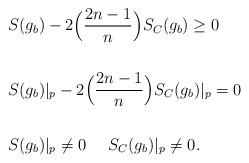
LaTeX: \begin{align*}&S(g_b)-2\Big(\frac{2n-1}{n}\Big)S_C(g_b)\geq 0\\&\\&S(g_b)|_p-2\Big(\frac{2n-1}{n}\Big)S_C(g_b)|_p=0\phantom{=}\\&\\&S(g_b)|_p\neq0\phantom{ii}\phantom{ii} S_C(g_b)|_p\neq0.\end{align*}